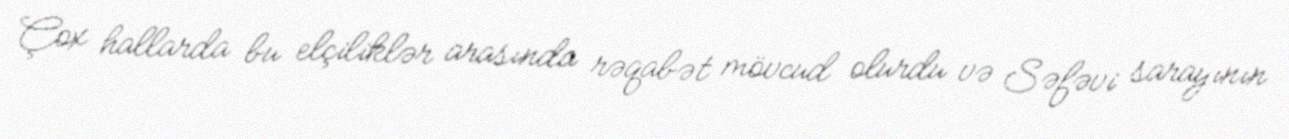
Çox hallarda bu elçiliklər arasında rəqabət mövcud olurdu və Səfəvi sarayının